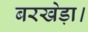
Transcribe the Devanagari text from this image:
बरखेड़ा।